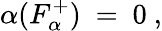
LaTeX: \alpha(F_{\alpha}^{+})~=~0~,